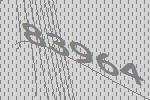
83964